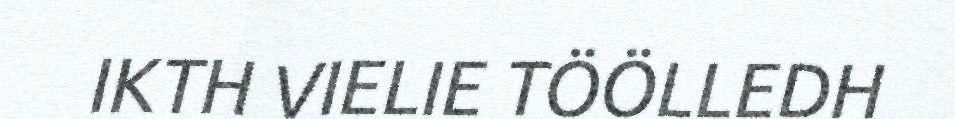
IKTH VIELIE TÖÖLLEDH